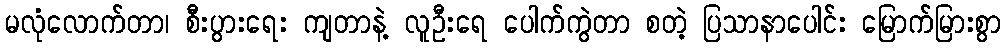
မလုံလောက်တာ၊ စီးပွားရေး ကျတာနဲ့ လူဦးရေ ပေါက်ကွဲတာ စတဲ့ ပြသာနာပေါင်း မြောက်မြားစွာ